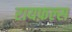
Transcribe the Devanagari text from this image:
रायफ़ल्स